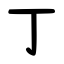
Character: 丁